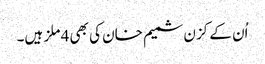
اُن کے کزن شمیم خان کی بھی 4 ملز ہیں۔